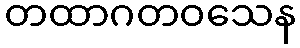
တထာဂတဝသေန